Tezpur Lunatic Asylum reports 1877-1894 - 1877-1894
Year: 1877
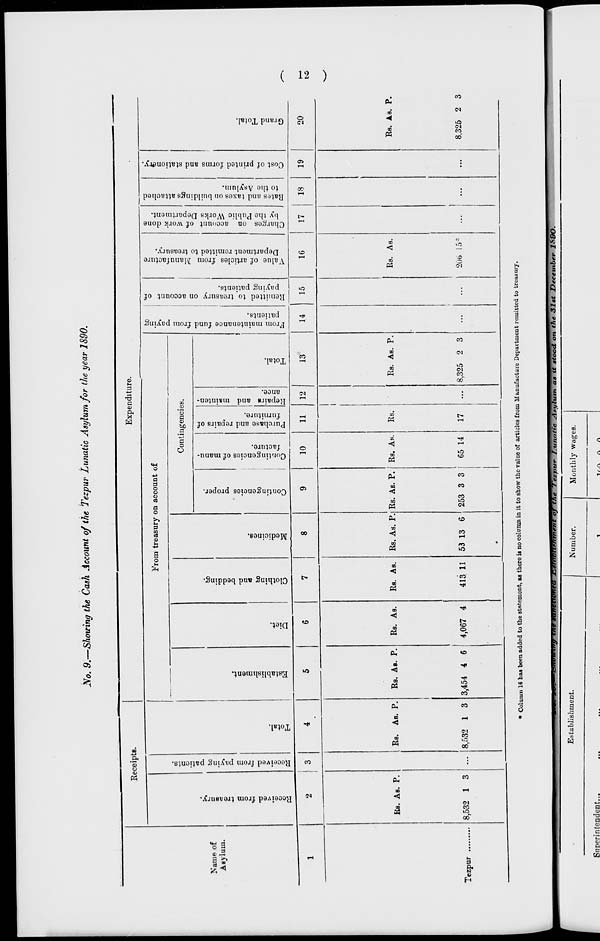
ts
*
re
^
P
l\
c
0"
«3
*
•i
Kt
's<
CO
o
I
p
E
0
P
tr
s
V
a
Cj
0
o
?
a o
o
o
H
1 3
»-»
00
co
8?
tO
►
to
t-*
?
CO
r°
i
o
(V
CO
p*
s
o
3i
o
5
<
1
p
c
s
5
a
o
3
p
a
a
\i>
*
o
<
g
S
K
3
D
§
C
P™
o
<*
c
X
CD
a
00
CO
CJO
Ol
•U
OS-
Oi
Cu
co
a>
O*
CO
CO
co
as
00
w
lO
CJ'
to
CO
to
o
00
'co
to
O'
to
co
so
>
SO
CO
>
CD
CO
On
50
?
CD
o
SO
CO
so
on
>
on
►0
X
~4
so
JO
!
so pa
►
po
*0
SO
CD
>
CD
SO
CO
►
CD
00
eo
to
CO
Oi
as
00
to
to
o
«
5*2
Received from treasury.
Received from paying patients.
SO
CD
o
CO
Total.
Establishment.
Diet.
Clothing and bedding.
Medicines.
Contingencies proper.
Contingencies of manu-
facture.
Purchase and repairs of
furniture.
Repairs and mainten-
ance.
Total.
o
o
a
S"
on?
Q
g
2. o' en
hi
1
O
B
>■«
n>
p
CO
C
•-«
o
0
B»
o
o
o
D
D
3"
From maintenance fund from paying
patients.
Remitted to treasury on account of
paying patients.
Value of articles from Manufacture
Department remitted to treasury.
Charges on account of work done
by the Public Works Department.
Rates and taxes on buildings attached
to the Asylum.
Cost of printed forms and stationery.
Co
©
0*
5>-
c»
2
a
Oo
CO
Grand Total.
( 81 )